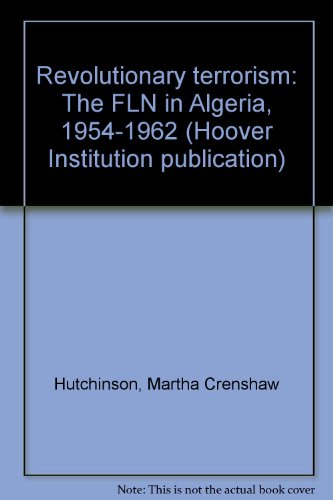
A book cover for Revolutionary terrorism: The FLN in Algeria, 1954-1962 (Hoover Institution publication ; 196); Martha Crenshaw Hutchinson; History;